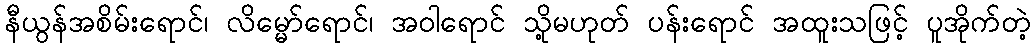
နီယွန်အစိမ်းရောင်၊ လိမ္မော်ရောင်၊ အဝါရောင် သို့မဟုတ် ပန်းရောင် အထူးသဖြင့် ပူအိုက်တဲ့